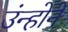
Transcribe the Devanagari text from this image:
उंन्होने